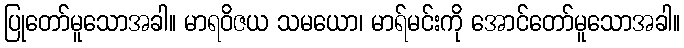
ပြုတော်မူသောအခါ။ မာရဝိဇယ သမယော၊ မာရ်မင်းကို အောင်တော်မူသောအခါ။